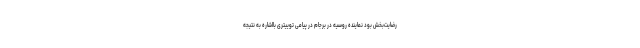
رضایت‌بخش بود نماینده روسیه در برجام در پیامی توییتری بااشاره به نتیجه